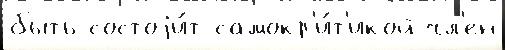
быть состоjи́т самокр'и́т'икой чл'ен